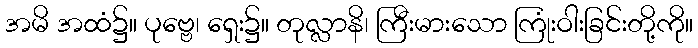
အမိ အထံ၌။ ပုဗ္ဗေ၊ ရှေး၌။ တုလ္လာနိ၊ ကြီးမားသော ကြုံးဝါးခြင်းတို့ကို။